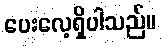
ပေးလေ့ရှိပါသည်။